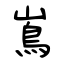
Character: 嶌